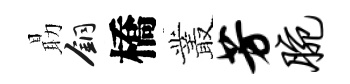
朂銅橋叢芳腕